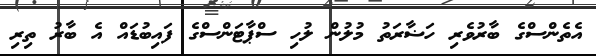
އެތެންސްގެ ބާރުވެެރި ހަޟާރަތު މުލުން ލުހި ސްޕާޓަންސްގެ ފައިބުޑައް އެ ބާރު ތިރި